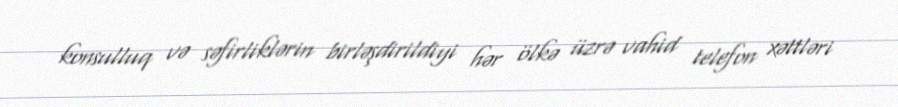
konsulluq və səfirliklərin birləşdirildiyi hər ölkə üzrə vahid telefon xəttləri